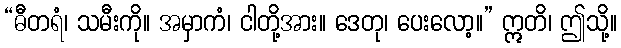
“ဓီတရံ၊ သမီးကို။ အမှာကံ၊ ငါတို့အား။ ဒေတု၊ ပေးလော့။” ဣတိ၊ ဤသို့။